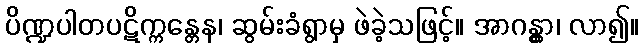
ပိဏ္ဍပါတပဋိက္ကန္တေန၊ ဆွမ်းခံရွာမှ ဖဲခဲ့သဖြင့်။ အာဂန္တွာ၊ လာ၍။